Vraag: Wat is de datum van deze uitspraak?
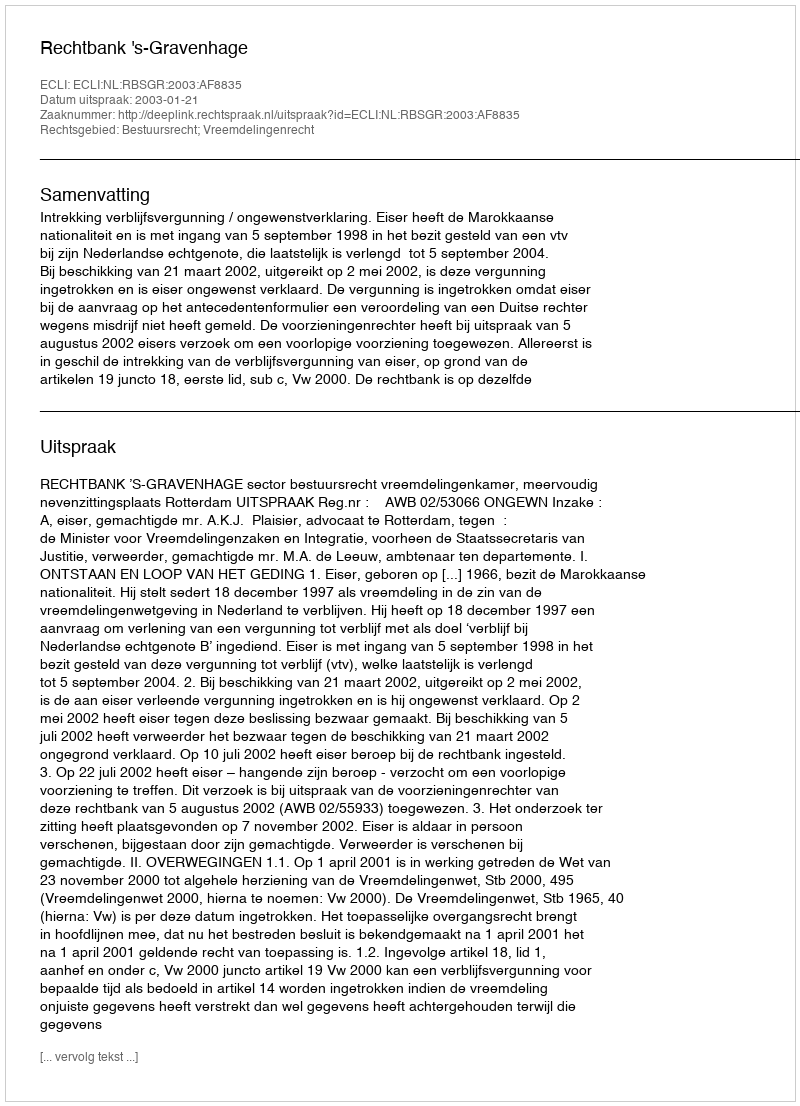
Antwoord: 2003-01-21